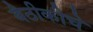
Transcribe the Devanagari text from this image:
बैठीकीचे